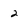
Character: 2